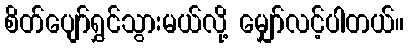
စိတ်ပျော်ရွှင်သွားမယ်လို့ မျှော်လင့်ပါတယ်။